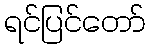
ရင်ပြင်တော်